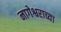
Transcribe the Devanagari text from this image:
नागेश्वराच्या